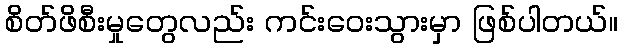
စိတ်ဖိစီးမှုတွေလည်း ကင်းဝေးသွားမှာ ဖြစ်ပါတယ်။